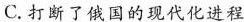
C.打断了俄国的现代化进程